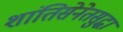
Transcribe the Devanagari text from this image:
शांतिसेनेतसुद्धा